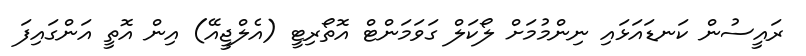
ރައީސުން ކަނޑައަޅައި ނިންމުމަށް ލޯކަލް ގަވަމަންޓް އޮތޯރިޓީ (އެލްޖީއޭ) އިން އޮތީ އަންގައިފަ